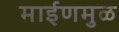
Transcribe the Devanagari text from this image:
माईणमुळ